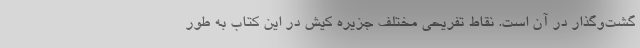
گشت‌وگذار در آن است. نقاط تفریحی مختلف جزیره کیش در این کتاب به طور